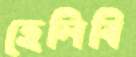
হেলিবি